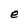
Character: e